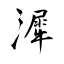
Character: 漽